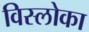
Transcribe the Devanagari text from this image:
विस्लोका